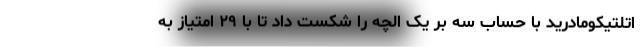
اتلتیکومادرید با حساب سه بر یک الچه را شکست داد تا با ۲۹ امتیاز به